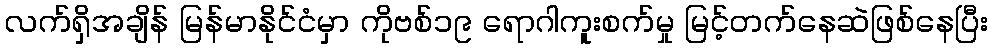
လက်ရှိအချိန် မြန်မာနိုင်ငံမှာ ကိုဗစ်၁၉ ရောဂါကူးစက်မှု မြင့်တက်နေဆဲဖြစ်နေပြီး